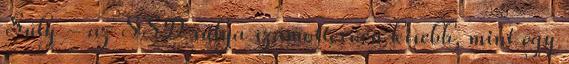
Súly - az SSD súlya számottevően kisebb, mint egy